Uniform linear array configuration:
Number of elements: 64
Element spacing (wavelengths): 1
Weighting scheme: kaiser
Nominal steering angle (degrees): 60
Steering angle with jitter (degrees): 60.058
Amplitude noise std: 0.05
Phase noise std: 0.05

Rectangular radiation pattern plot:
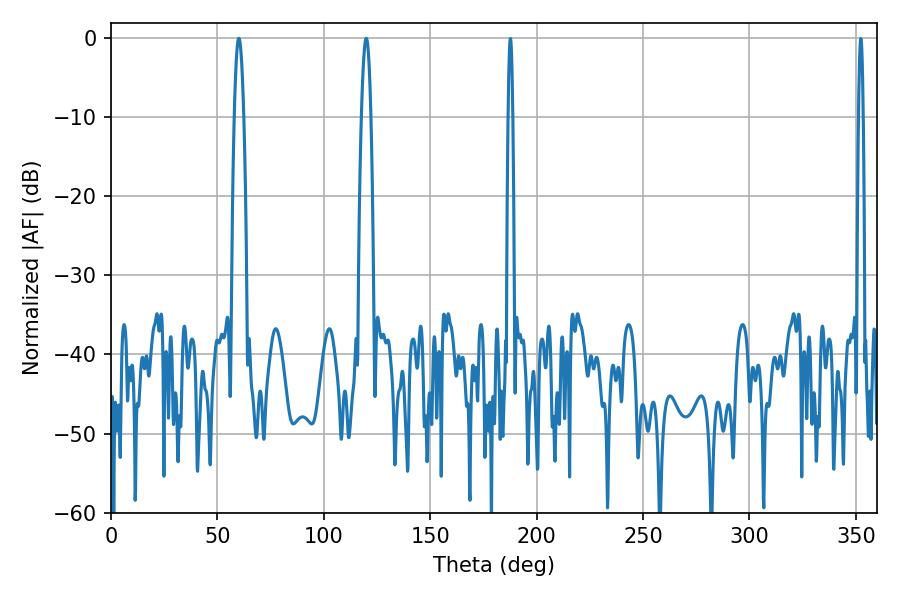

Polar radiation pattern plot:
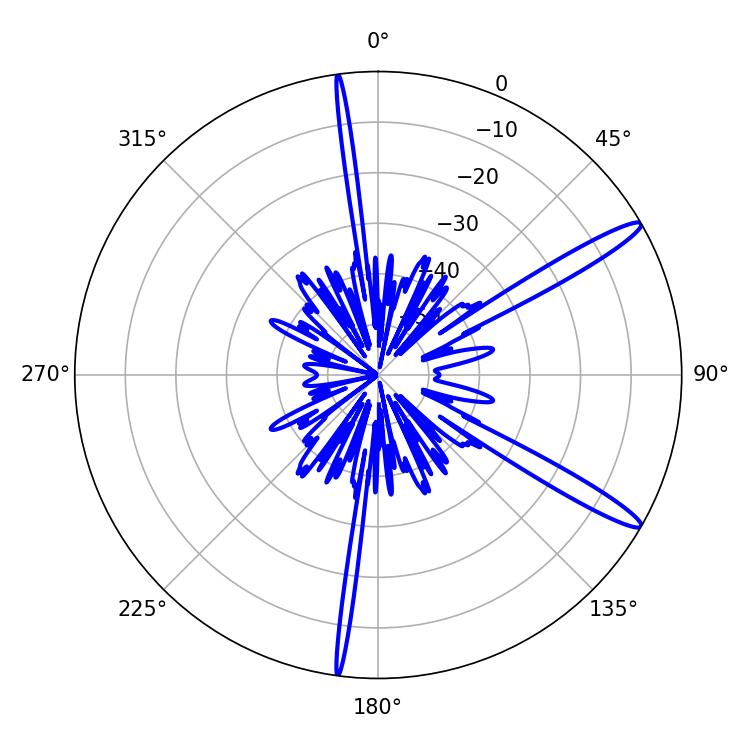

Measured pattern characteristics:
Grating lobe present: TRUE
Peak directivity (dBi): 14.263
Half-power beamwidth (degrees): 2.34
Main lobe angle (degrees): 60.12